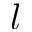
l